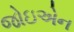
જોઇએન